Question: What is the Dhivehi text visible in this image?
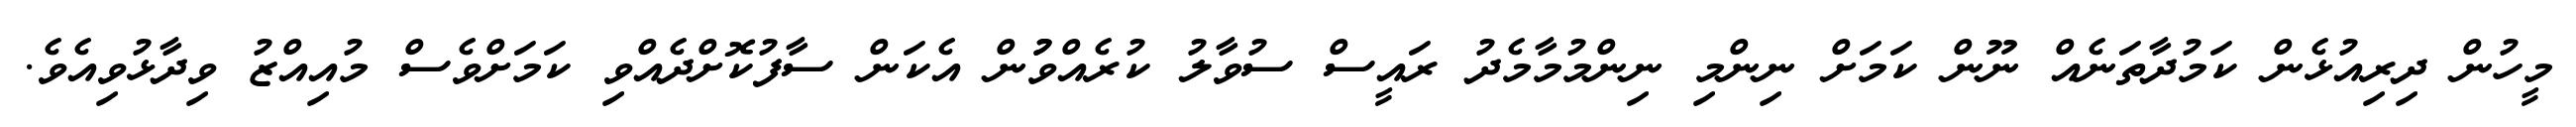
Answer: މީހުން ދިރިއުޅެން ކަމުދާތަނެއް ނޫން ކަމަށް ނިންމި ނިންމުމާމެދު ރައީސް ސުވާލު ކުރެއްވުުން އެކަން ސާފުކޮށްދެއްވި ކަމަށްވެސް މުއިއްޒު ވިދާޅުވިއެވެ.